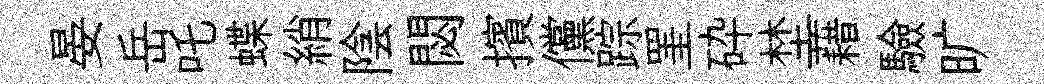
晏岳吒蝶綃陰閟擯儻踪罣砕埜藉驗旷